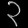
Digit: ၃